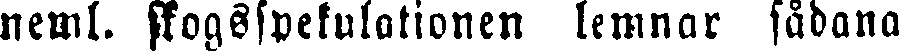
neml. skogsspekulationen lemnar sådana